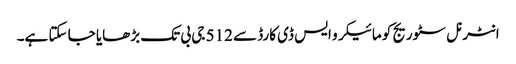
انٹرنل سٹوریج کو مائیکرو ایس ڈی کارڈ سے 512 جی بی تک بڑھایا جا سکتا ہے۔